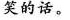
笑的话。